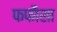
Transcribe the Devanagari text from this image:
फफौसा